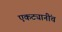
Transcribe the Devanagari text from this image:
एकट्यानींच